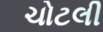
ચોટલી